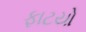
ફાટયો